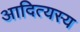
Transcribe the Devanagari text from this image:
आदित्यस्य